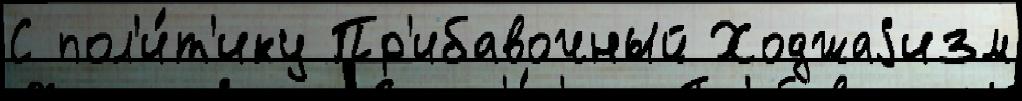
С пол'и́т'ику Пр'ибавочный Ходжаjизм